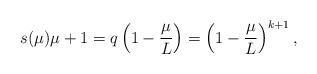
LaTeX: \begin{align*}s(\mu)\mu+1 = q\left(1-\frac{\mu}{L}\right) =\left(1-\frac{\mu}{L}\right)^{k+1},\end{align*}